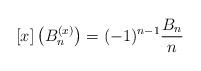
LaTeX: \begin{align*}\lbrack x]\left( B_{n}^{(x)}\right) =(-1)^{n-1}\frac{B_{n}}{n} \end{align*}